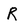
Character: R